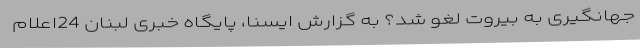
جهانگیری به بیروت لغو شد؟ به گزارش ایسنا، پایگاه خبری لبنان 24اعلام